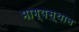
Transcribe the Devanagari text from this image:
भाग्यस्थान